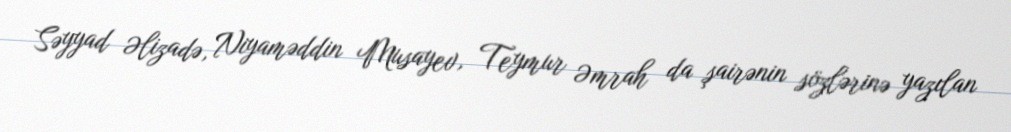
Səyyad Əlizadə, Niyaməddin Musayev, Teymur Əmrah da şairənin sözlərinə yazılan